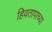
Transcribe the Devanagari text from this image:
हिवतापाच्या